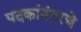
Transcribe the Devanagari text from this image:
पदकांनंतरचे